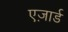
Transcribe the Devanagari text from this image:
एज़ार्ड